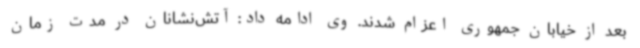
بعد از خیابان جمهوری اعزام شدند. وی ادامه داد: آتش‌نشانان در مدت زمان